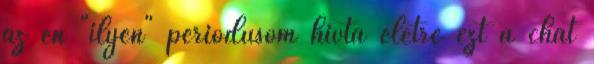
az én "ilyen" periódusom hívta életre ezt a chat